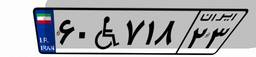
۶۰W۷۱۸۲۳